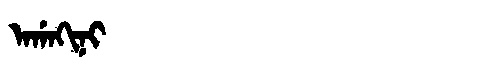
Manchu: ᠠᡤᠠᡴᡳᠨᡳ
Romanization: AGAKINI